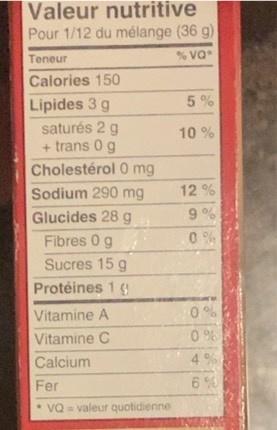
Valeur nutritive Pour 1/12 du mélange (36 g)
Teneur
% va*
Calories 150
5%
Lipides 3 g saturés 2 g + trans 0 g
10 %
Cholestérol 0 mg
Sodium 290 mg
12 %
Glucides 28 g
9 %
Fibres 0 g
Sucres 15 g
Protéines 1 9
Vitamine A
0%
Vitamine C
0 %
Calcium
4%
Fer
6%
* vQ = valeur quotidienne